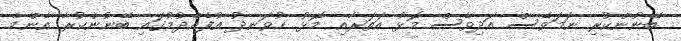
ބޭނުންކުރި ނަމަވެސް އަދިވެސް މޮޅު އަތަރާއި މޮޅު ހުވަނދު އުފެއްދުމުގައި ބޭނުންކުރާ އެންމެ